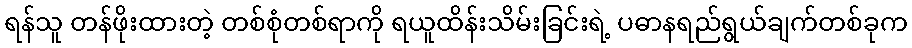
ရန်သူ တန်ဖိုးထားတဲ့ တစ်စုံတစ်ရာကို ရယူထိန်းသိမ်းခြင်းရဲ့ ပဓာနရည်ရွယ်ချက်တစ်ခုက